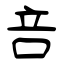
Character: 咅